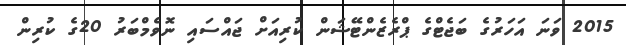
2015 ވަނަ އަހަރުގެ ބަޖެޓްގެ ޕްރެޒެންޓޭޝަން ކުރިއަށް ޖައްސައި ނޮވެމްބަރު 20ގެ ކުރިން